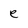
Character: e